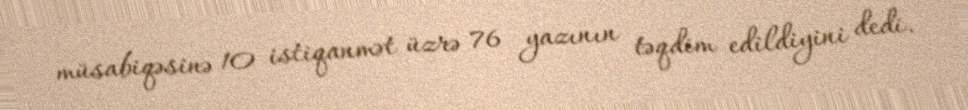
müsabiqəsinə 10 istiqanmət üzrə 76 yazının təqdim edildiyini dedi.